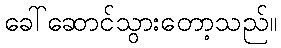
ခေါ်ဆောင်သွားတော့သည်။